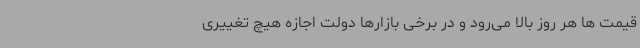
قیمت ها هر روز بالا می‌رود و در برخی بازارها دولت اجازه هیچ تغییری